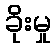
ခိုးမှု